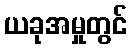
ယခုအမှုတွင်